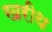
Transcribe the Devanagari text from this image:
खरीथ